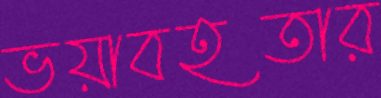
ভয়াবহতার